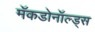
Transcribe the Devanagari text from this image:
मॅकडोनॉल्ड्स